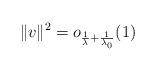
LaTeX: \begin{align*}\Vert v \Vert^{2}=o_{\frac{1}{\lambda}+\frac{1}{\lambda_{0}}}(1)\end{align*}